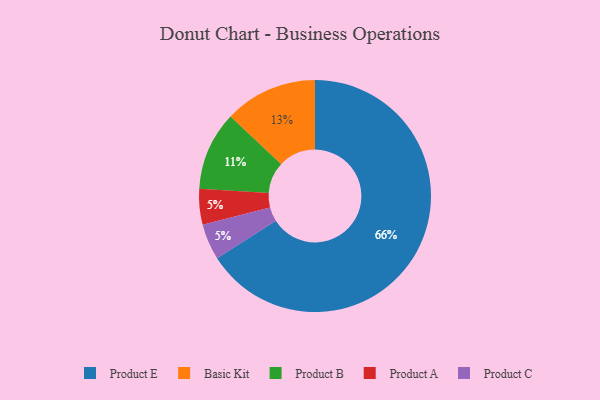
{"axis": {"x": "Category", "y": "Percentage"}, "legend": ["Basic Kit", "Product A", "Product B", "Product C", "Product E"], "data": [{"x": "Product B", "y": 11, "type": "Product B"}, {"x": "Basic Kit", "y": 13, "type": "Basic Kit"}, {"x": "Product A", "y": 5, "type": "Product A"}, {"x": "Product C", "y": 5, "type": "Product C"}, {"x": "Product E", "y": 66, "type": "Product E"}]}